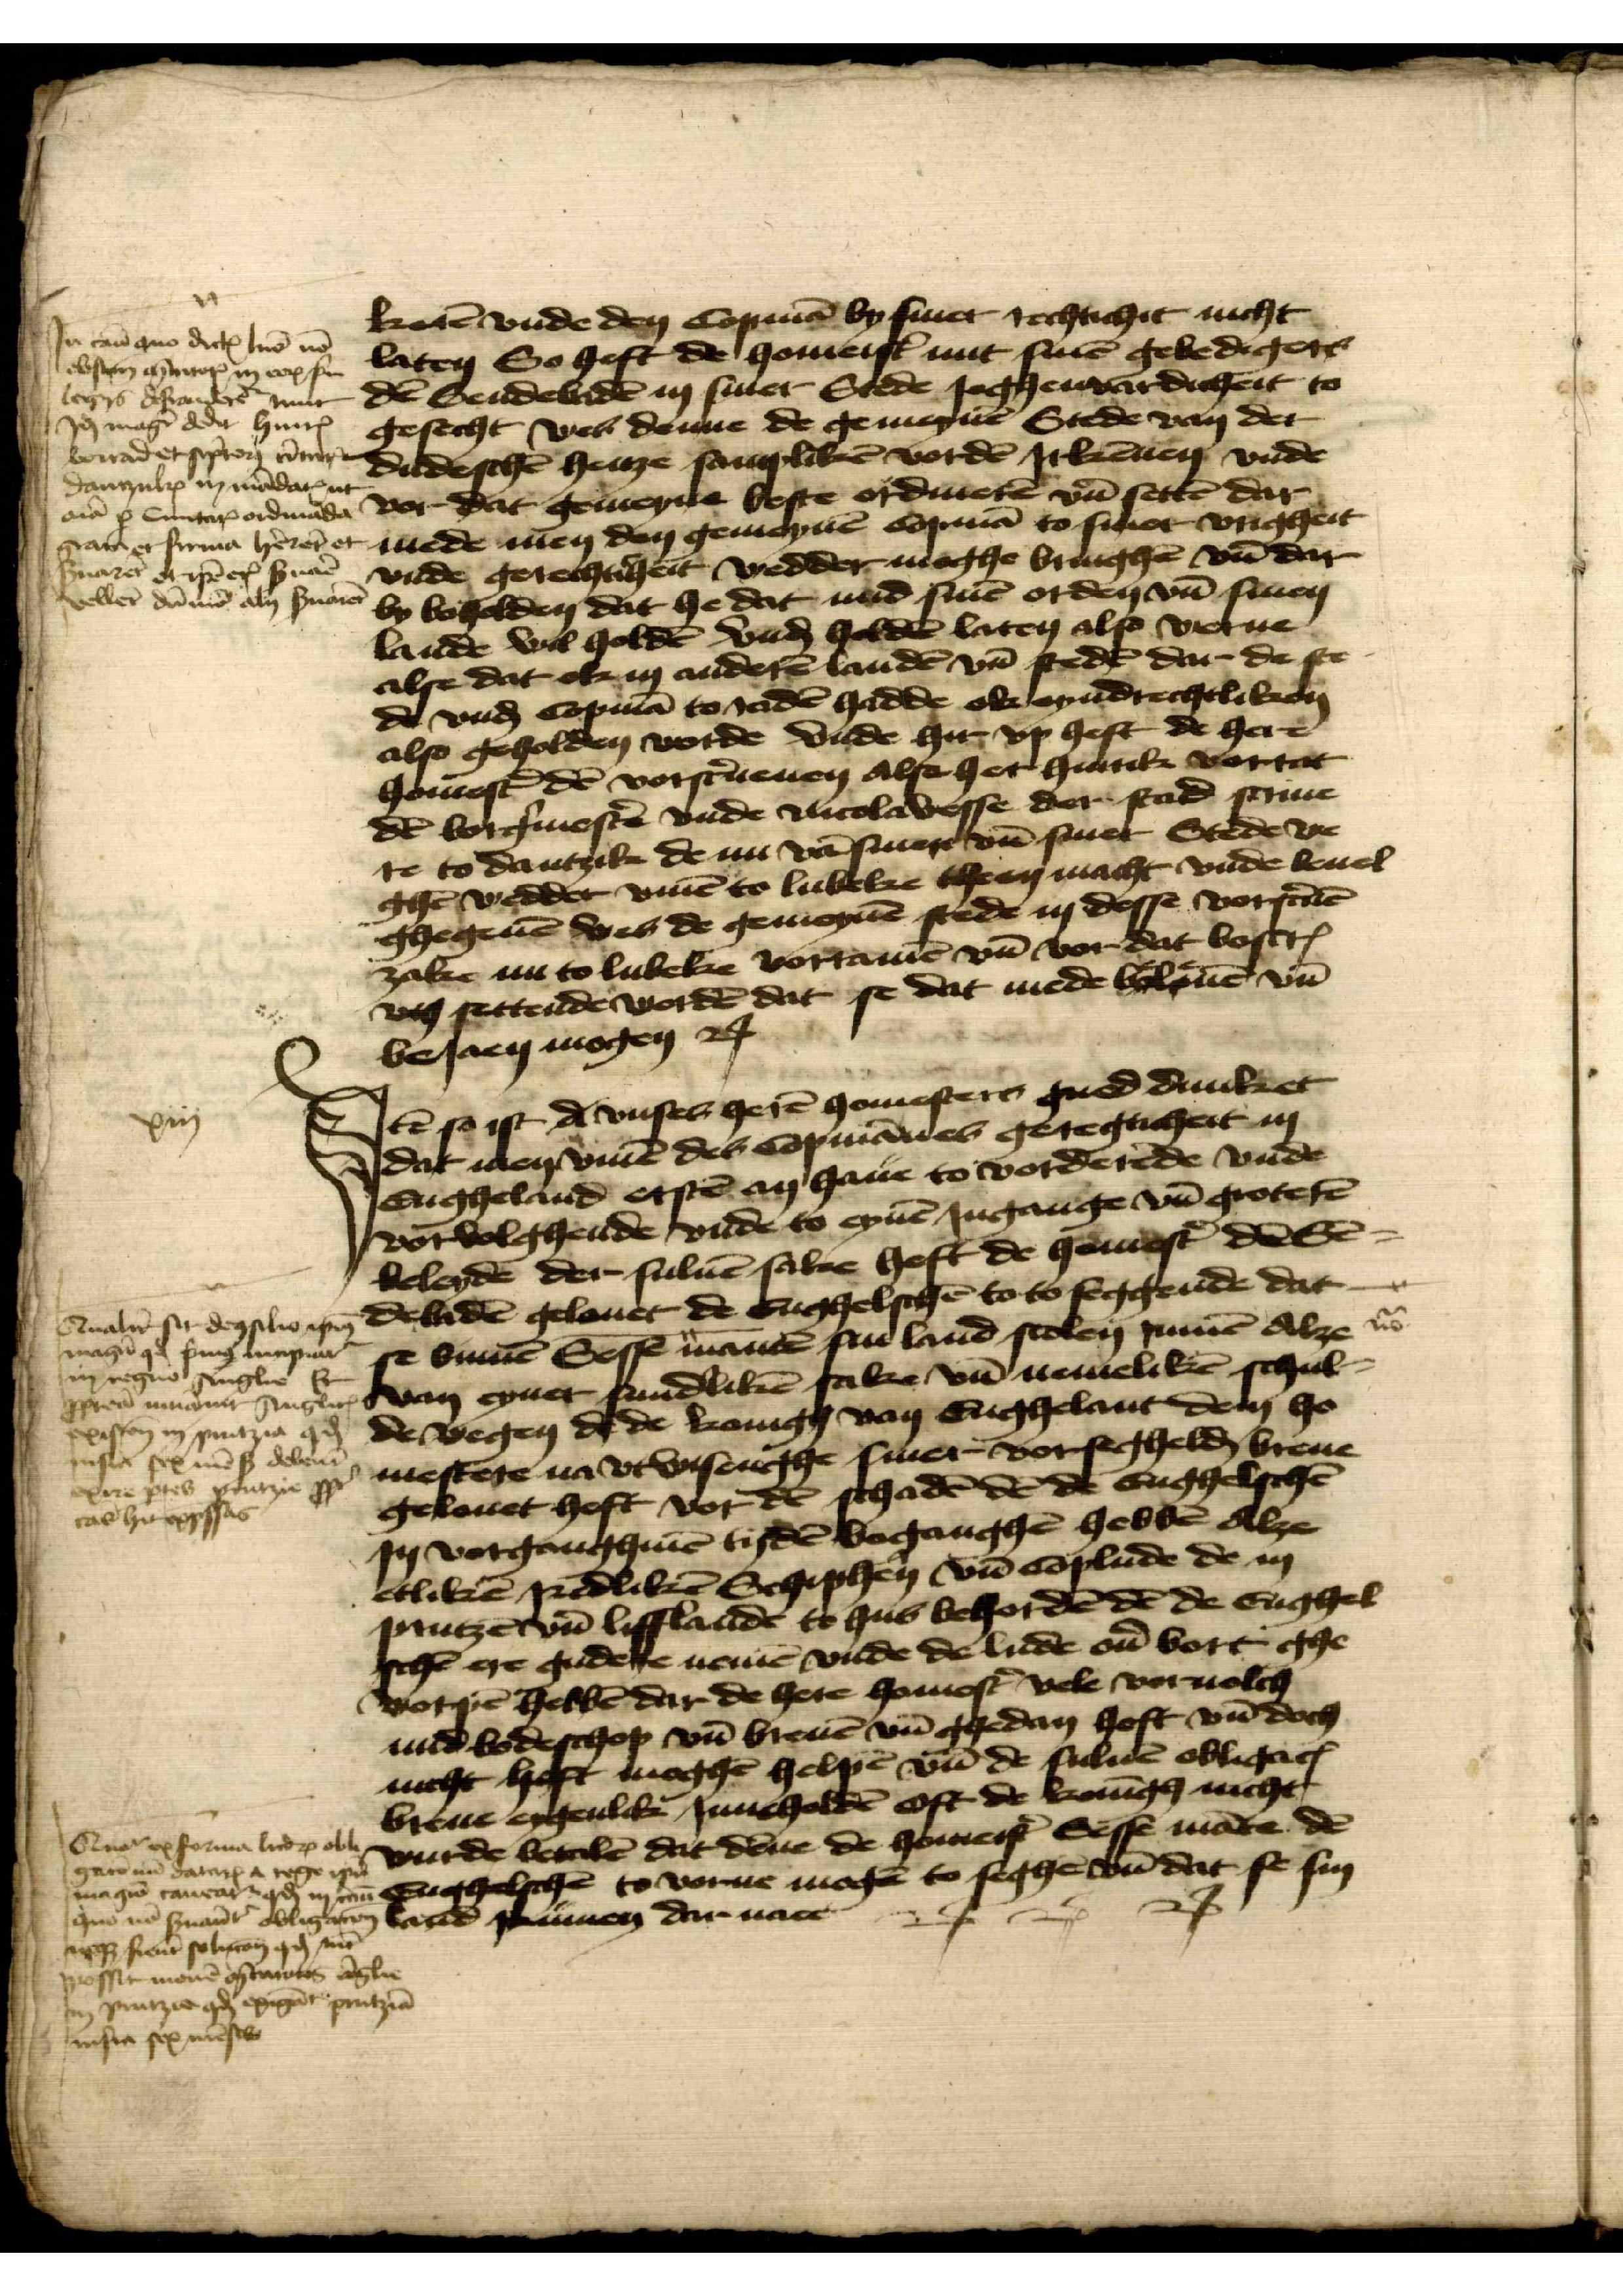
keren vnde den Copman by sinet rechtichit nicht
laten So heft de homeister mit sine gebedigers
den Sendebaden in siner Stede Joghenwardicheit to
gesecht wes denne de gemeynen Stede van der
dudeschen henze sanpliken vorden Jrkennen vnde
vor dat gemeyne beste ordineren vnd setten dar
mede men den gemeynen Copman to sine vrigheit
vnde gerechtiheit wedder moghe bringhen vnd dat
by boholden dat he dat mid sinen orden van sinen
lande wol holden vnd holden laten also werue
alse dat ok in anderen landen vnd steden dar de ste¬
de vnd Copman to raden hadde ok eyndrechtliken
also geholden worde vnde hir vp heft de here
homester den vorscreuenen alse her Hinrik Vorrat
den borgermester vnde Nicolawesse der stad scriue¬
re to Dantzik de nu van sinen vnd siner Stede we¬
ghen wedder vmme to Lubeke theen macht vnde beuel
ghegeuen wes de gemeynen stede in desse vorscreuen
zake nu to Lubeke vorrament vnd vor dat boscreuen
vts settende worden dat se dat mede belouen vnd
besaen mogen etcetera

VJn gam̄ auo dichꝬ man natn
Levstem aseer in en s
legys desanderd mit
Po mage deder Hinrik
vorradet siptora ummer
Dantzulp in mondaren n
mar s Suntapordade
grade er sirman hereret
suaret drpener snaen
veller dummen aly snauen

Jtem so ist d vnses heren homesters gued dunket
dat men vmme des Copmanes geregticheit in
Engheland ersten in haue tovorderende vnde
vorvolghende vnde to eynen Jngange van groteren
beleyde der suluen sake heft de homester den Sen¬
debaden gelouet de Enghelschen to to seggende dat
se binnen Sessen manden sin land scolen rumen Alze
van eyner sundliken sake vnd nemeliken schul¬
de wegen de de konigh van Enghelant dem ho¬
mestere na vtwisenghe siner vorseghelden breue
gelouet heft vor den schaden den de Enghelschen
Jn vorganghinen tyden boganghen hebben Alze
etliken Redliken Schipheren vnd Coplude de in
Prutzen vnd Lifflande to hus behorden den de Enghel¬
schen ere gudere nemen vnde de lude ouer bort ge¬
woruen hebben dar de here Homester vele voruolch
unde bodeschop vnd breuen vnd ghedan hoft vnd doch
nicht heft moghen helpen vnd de suluen obligacien
breue eygenlik Jnneholden oft de koningh nicht
wurde betalen dat denne de homeister Sesse mante den
Enghelschen tovorne mogen to seghen vnd dat se sin
land rumen dar naee

xvviij

Qualire sir den sicke gn dehaden gelouet de Enghelschen to to seggende dat
mogen ge punges bunpuar
iij regno sengle k
ptea nranner Anglr van eynet sndliken sake van Remeliken schul
xxisten in puntzia gd
pnsia scmenß deleue
ral hi essad

Qruerepforma ludrp oble
get n̄ darns iregey
im pen tontan od in
qno man snart Bligaten laen panuan dar naee
e fient so liken gy ind
Ressit menen ostues eglie
en srntza ge epgent prutzun
Crnsia ses mestwe